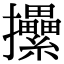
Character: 𢺢